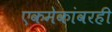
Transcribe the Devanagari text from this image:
एकमेकांवरही